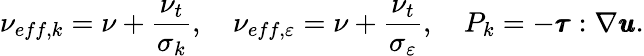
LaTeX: \nu_{eff,k}=\nu+\frac{\nu_{t}}{\sigma_{k}},\quad\nu_{eff,\varepsilon}=\nu+\frac{\nu_{t}}{\sigma_{\varepsilon}},\quad P_{k}=-\pmb{\tau}:\nabla\pmb{u}.